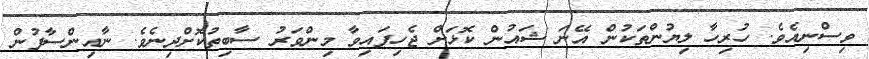
ވިސްނިއެވެ. ހުރިހާ ލިޔުންތަކުން އޭނަ ޝައުން ކޮޅަށް ޖެހިފައިވާ މިންވަރު ސާބިތުކޮށްދިނެވެ. ނާއިންސާފުން